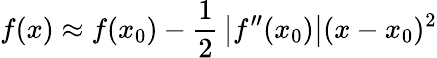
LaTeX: f(x)\approx f(x_{0})-{\frac{1}{2}}\left|f^{\prime\prime}(x_{0})\right|(x-x_{0})^{2}